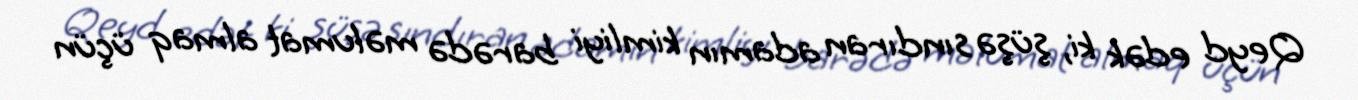
Qeyd edək ki, şüşə sındıran adamın kimliyi barədə məlumat almaq üçün